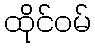
ထိုင်ဝမ်